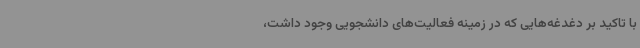
با تاکید بر دغدغه‌هایی که در زمینه فعالیت‌های دانشجویی وجود داشت،